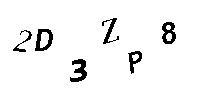
2D3ZP8